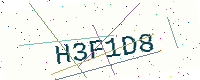
Text: H3F1D8